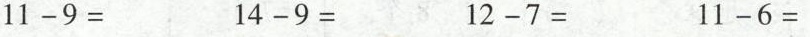
$$1 1 - 9 =$$ $$1 4 - 9 =$$ $$1 2 - 7 =$$ $$1 1 - 6 =$$